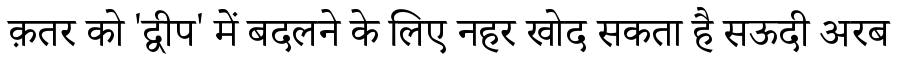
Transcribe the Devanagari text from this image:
क़तर को 'द्वीप' में बदलने के लिए नहर खोद सकता है सऊदी अरब